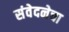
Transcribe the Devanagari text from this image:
संवेदनेचा